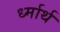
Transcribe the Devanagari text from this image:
र्ध्मार्थ